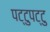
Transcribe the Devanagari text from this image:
पट्टुपट्टु